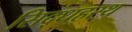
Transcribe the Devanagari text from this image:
सिद्धहस्थ